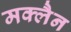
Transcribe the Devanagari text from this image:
मक्लैन